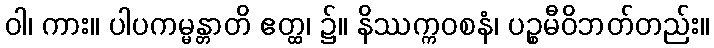
ဝါ၊ ကား။ ပါပကမ္မန္တာတိ ဧတ္ထ၊ ၌။ နိဿက္ကဝစနံ၊ ပဉ္စမီဝိဘတ်တည်း။